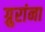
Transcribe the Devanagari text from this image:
ग्रुरांना